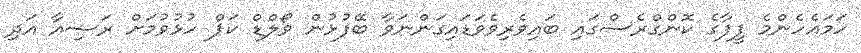
ހަމައެހެންމެ ފީފާގެ ކޮންގްރެސްގައި ބައިވެރިވެވަޑައިގަންނަވާ ބޭފުޅުން ވޯލްޑް ކަޕް ހުޅުވުމަށް ރަޝިއާ އަދި